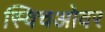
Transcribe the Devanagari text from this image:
स्विचओवर